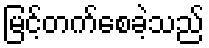
မြင့်တက်စေခဲ့သည်